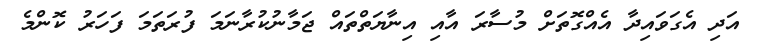
އަދި އެގަވައިދާ އެއްގޮތަށް މުސާރަ އާއި އިނާޔަތްތައް ޖަމާނުކުރާނަމަ ފުރަތަމަ ފަހަރު ކޮންމެ